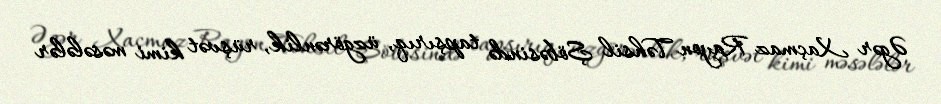
Əgər Xaçmaz Rayon Təhsil Şöbəsində tapşırıq, üzgörənlik, rüşvət kimi məsələlər